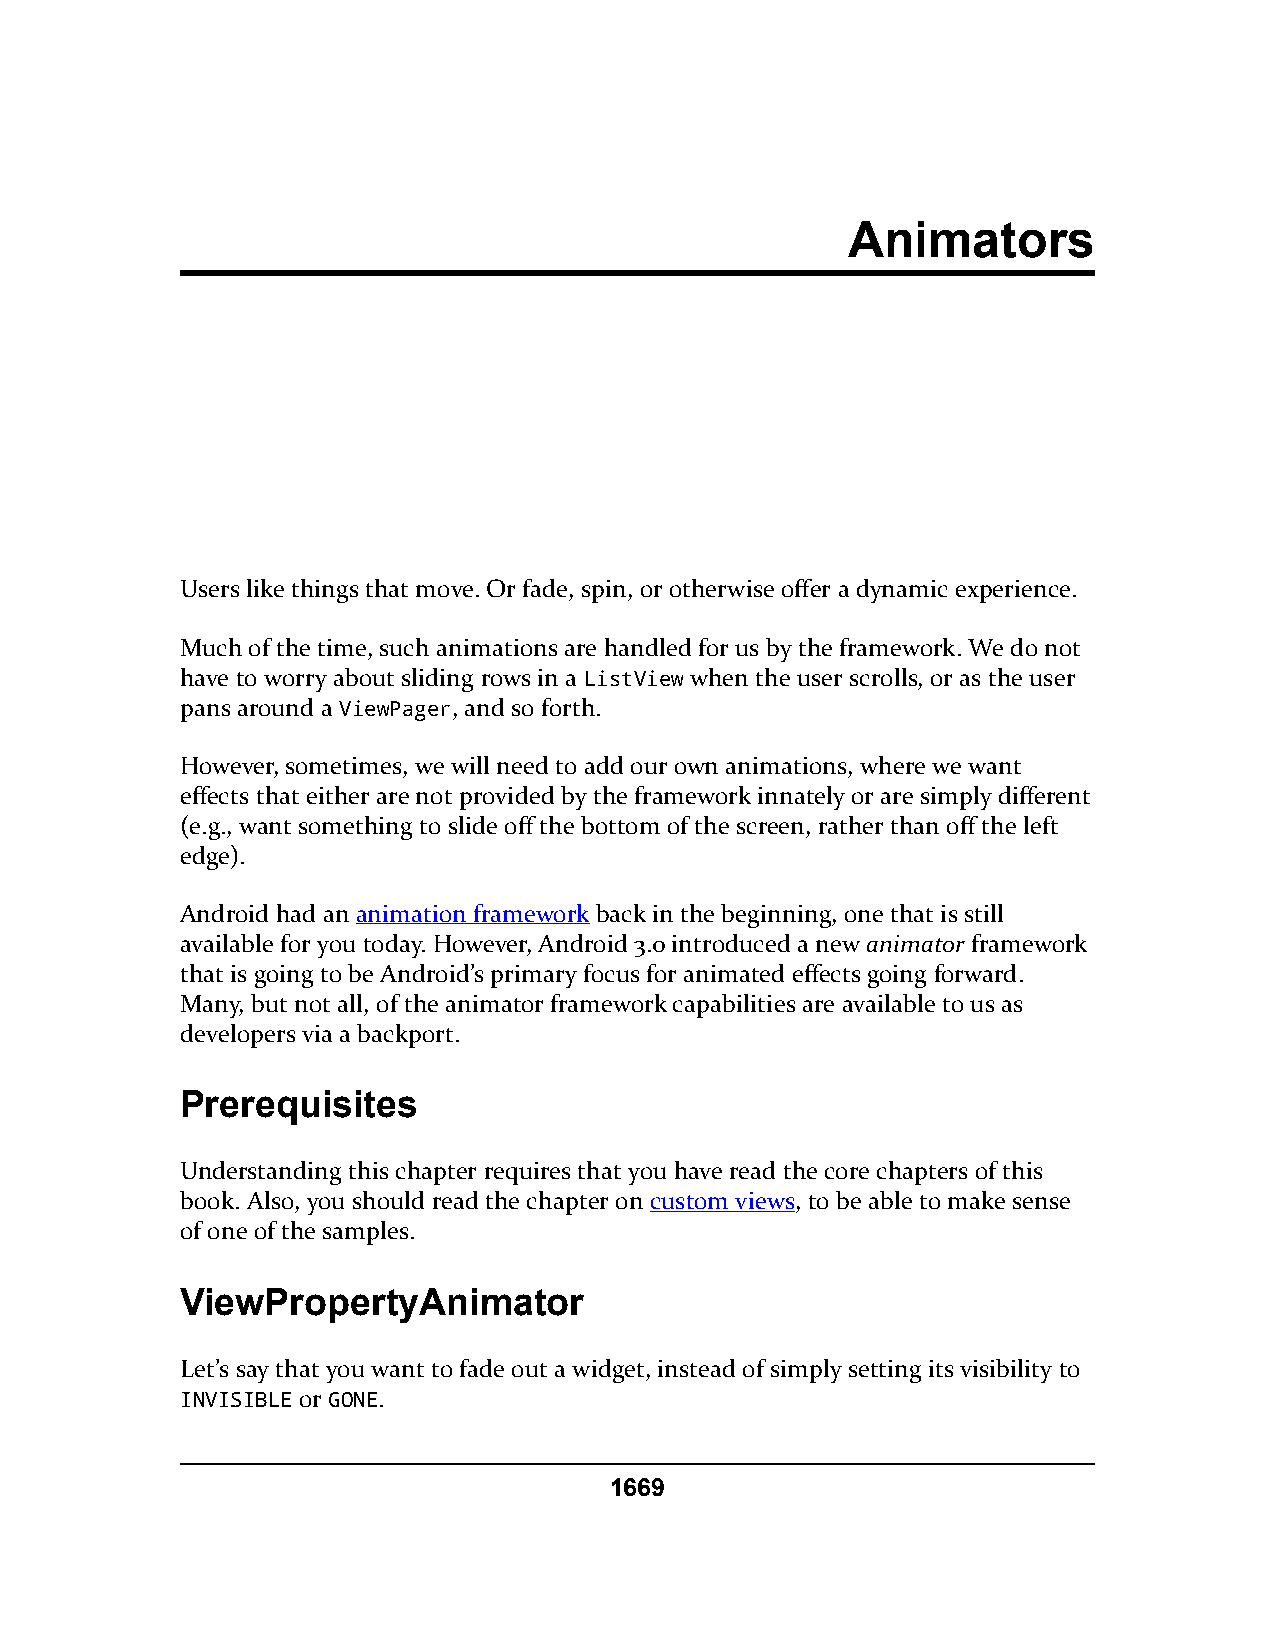
Animators
 Users like things that move. Or fade, spin, or otherwise offer a dynamic experience.
 Much of the time, such animations are handled for us by the framework. We do not
 have to worry about sliding rows in a ListView when the user scrolls, or as the user
 pans around a ViewPager, and so forth.
 However, sometimes, we will need to add our own animations, where we want
 effects that either are not provided by the framework innately or are simply different
 (e.g., want something to slide off the bottom of the screen, rather than off the left
 edge).
 Android had an animation framework back in the beginning, one that is still
 available for you today. However, Android 3.0 introduced a new animator framework
 that is going to be Android’s primary focus for animated effects going forward.
 Many, but not all, of the animator framework capabilities are available to us as
 developers via a backport.
 Prerequisites
 Understanding this chapter requires that you have read the core chapters of this
 book. Also, you should read the chapter on custom views, to be able to make sense
 of one of the samples.
 ViewPropertyAnimator
 Let’s say that you want to fade out a widget, instead of simply setting its visibility to
 INVISIBLE or GONE.
 1669